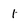
Character: 1